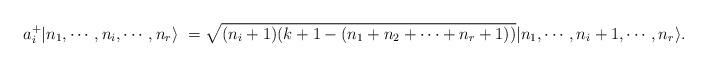
LaTeX: \begin{align*}a_i^{+} |n_1,\cdots, n_i,\cdots , n_r\rangle\ = \sqrt{(n_i+1) (k+1-(n_1+n_2+\cdots+n_r+1))}|n_1,\cdots, n_i+1,\cdots , n_r\rangle.\end{align*}